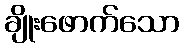
ချိုးဖောက်သော